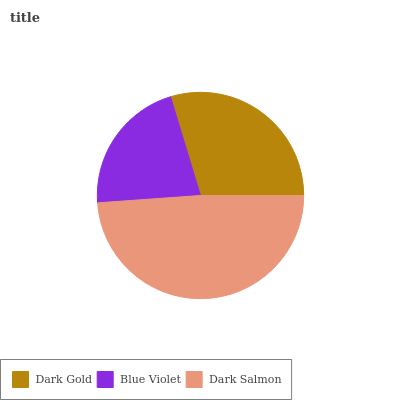
| Dark Gold | Blue Violet | Dark Salmon |
 | --- | --- | --- |
 | 29.7% | 21.5% | 48.8% |